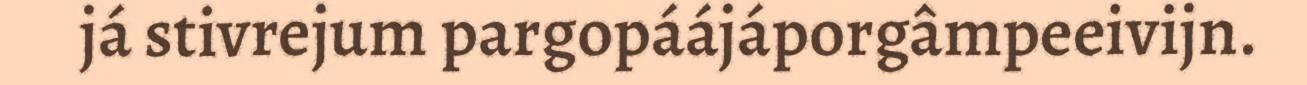
já stivrejum pargopáájáporgâmpeeivijn.